Civil Veterinary Department Bengal reports 1923-33 - 1923-1933
Year: 1923
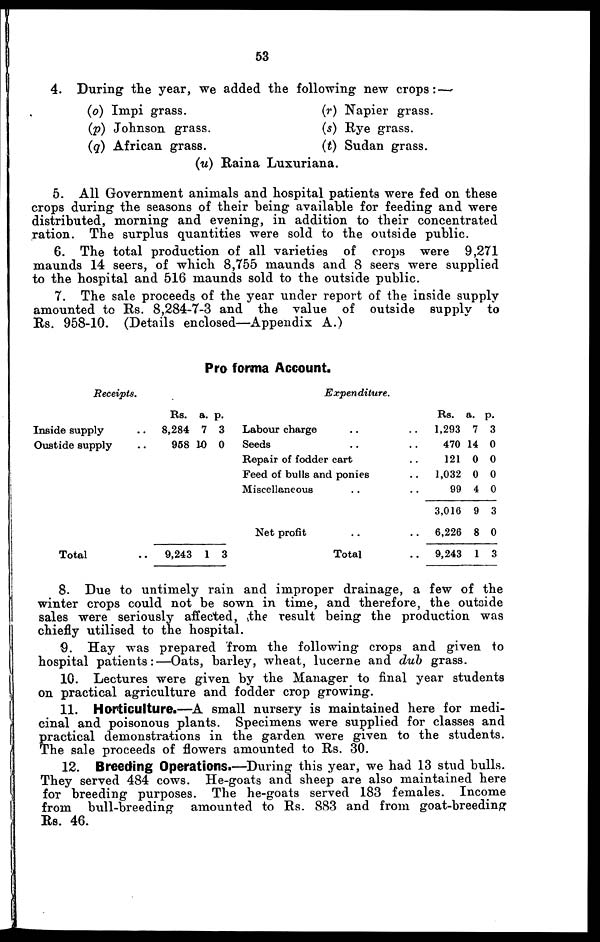
53
4. During the year, we added the following new crops:—
(o) Impi grass.
(p) Johnson grass.
(q) African grass.
(r) Napier grass.
(s) Rye grass.
(t) Sudan grass.
(u) Raina Luxuriana.
5. All Government animals and hospital patients were fed on these
crops during the seasons of their being available for feeding and were
distributed, morning and evening, in addition to their concentrated
ration. The surplus quantities were sold to the outside public.
6. The total production of all varieties of crops were 9,271
maunds 14 seers, of which 8,755 maunds and 8 seers were supplied
to the hospital and 516 maunds sold to the outside public.
7. The sale proceeds of the year under report of the inside supply
amounted to Rs. 8,284-7-3 and the value of outside supply to
Rs. 958-10. (Details enclosed—Appendix A.)
Pro forma Account.
Receipts.
Inside supply ..
Oustide supply ..
Total ..
Rs.
8,284
958 1
9,243
a.
7
0
1
p.
3
0
3
Expenditure.
Labour charge .. ..
Seeds .. ..
Repair of fodder cart ..
Feed of bulls and ponies ..
Miscellaneous .. ..
Net profit .. ..
Total ..
Rs.
1,293
470
121
1,032
99
3,016
6,226
9,243
a.
7
14
0
0
4
9
8
1
p.
3
0
0
0
0
3
0
3
8. Due to untimely rain and improper drainage, a few of the
winter crops could not be sown in time, and therefore, the outside
sales were seriously affected, the result being the production was
chiefly utilised to the hospital.
9. Hay was prepared from the following crops and given to
hospital patients:—Oats, barley, wheat, lucerne and dub grass.
10. Lectures were given by the Manager to final year students
on practical agriculture and fodder crop growing.
11. Horticulture.—A small nursery is maintained here for medi-
cinal and poisonous plants. Specimens were supplied for classes and
practical demonstrations in the garden were given to the students.
The sale proceeds of flowers amounted to Rs. 30.
12. Breeding Operations.—During this year, we had 13 stud bulls.
They served 484 cows. He-goats and sheep are also maintained here
for breeding purposes. The he-goats served 183 females. Income
from bull-breeding amounted to Rs. 883 and from goat-breeding
Rs. 46.